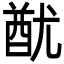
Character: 𨠫